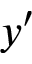
y ^ { \prime }